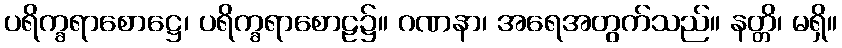
ပရိက္ခရာစောဋ္ဌေ၊ ပရိက္ခရာစောဠ၌။ ဂဏနာ၊ အရေအတွက်သည်။ နတ္တိ၊ မရှိ။